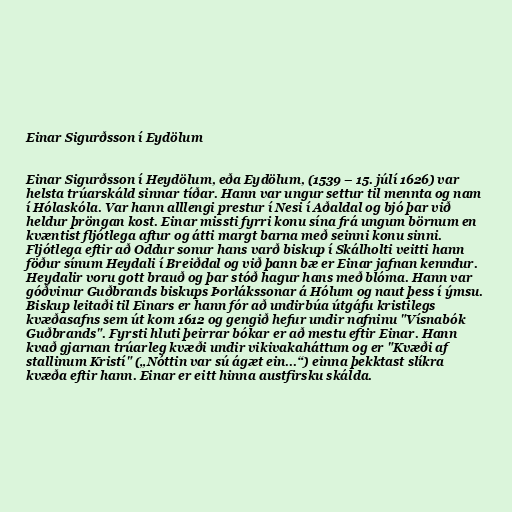
Einar Sigurðsson í Eydölum

Einar Sigurðsson í Heydölum, eða Eydölum, (1539 – 15. júlí 1626) var
helsta trúarskáld sinnar tíðar. Hann var ungur settur til mennta og nam
í Hólaskóla. Var hann alllengi prestur í Nesi í Aðaldal og bjó þar við
heldur þröngan kost. Einar missti fyrri konu sína frá ungum börnum en
kvæntist fljótlega aftur og átti margt barna með seinni konu sinni.
Fljótlega eftir að Oddur sonur hans varð biskup í Skálholti veitti hann
föður sínum Heydali í Breiðdal og við þann bæ er Einar jafnan kenndur.
Heydalir voru gott brauð og þar stóð hagur hans með blóma. Hann var
góðvinur Guðbrands biskups Þorlákssonar á Hólum og naut þess í ýmsu.
Biskup leitaði til Einars er hann fór að undirbúa útgáfu kristilegs
kvæðasafns sem út kom 1612 og gengið hefur undir nafninu "Vísnabók
Guðbrands". Fyrsti hluti þeirrar bókar er að mestu eftir Einar. Hann
kvað gjarnan trúarleg kvæði undir vikivakaháttum og er "Kvæði af
stallinum Kristí" („Nóttin var sú ágæt ein...“) einna þekktast slíkra
kvæða eftir hann. Einar er eitt hinna austfirsku skálda.